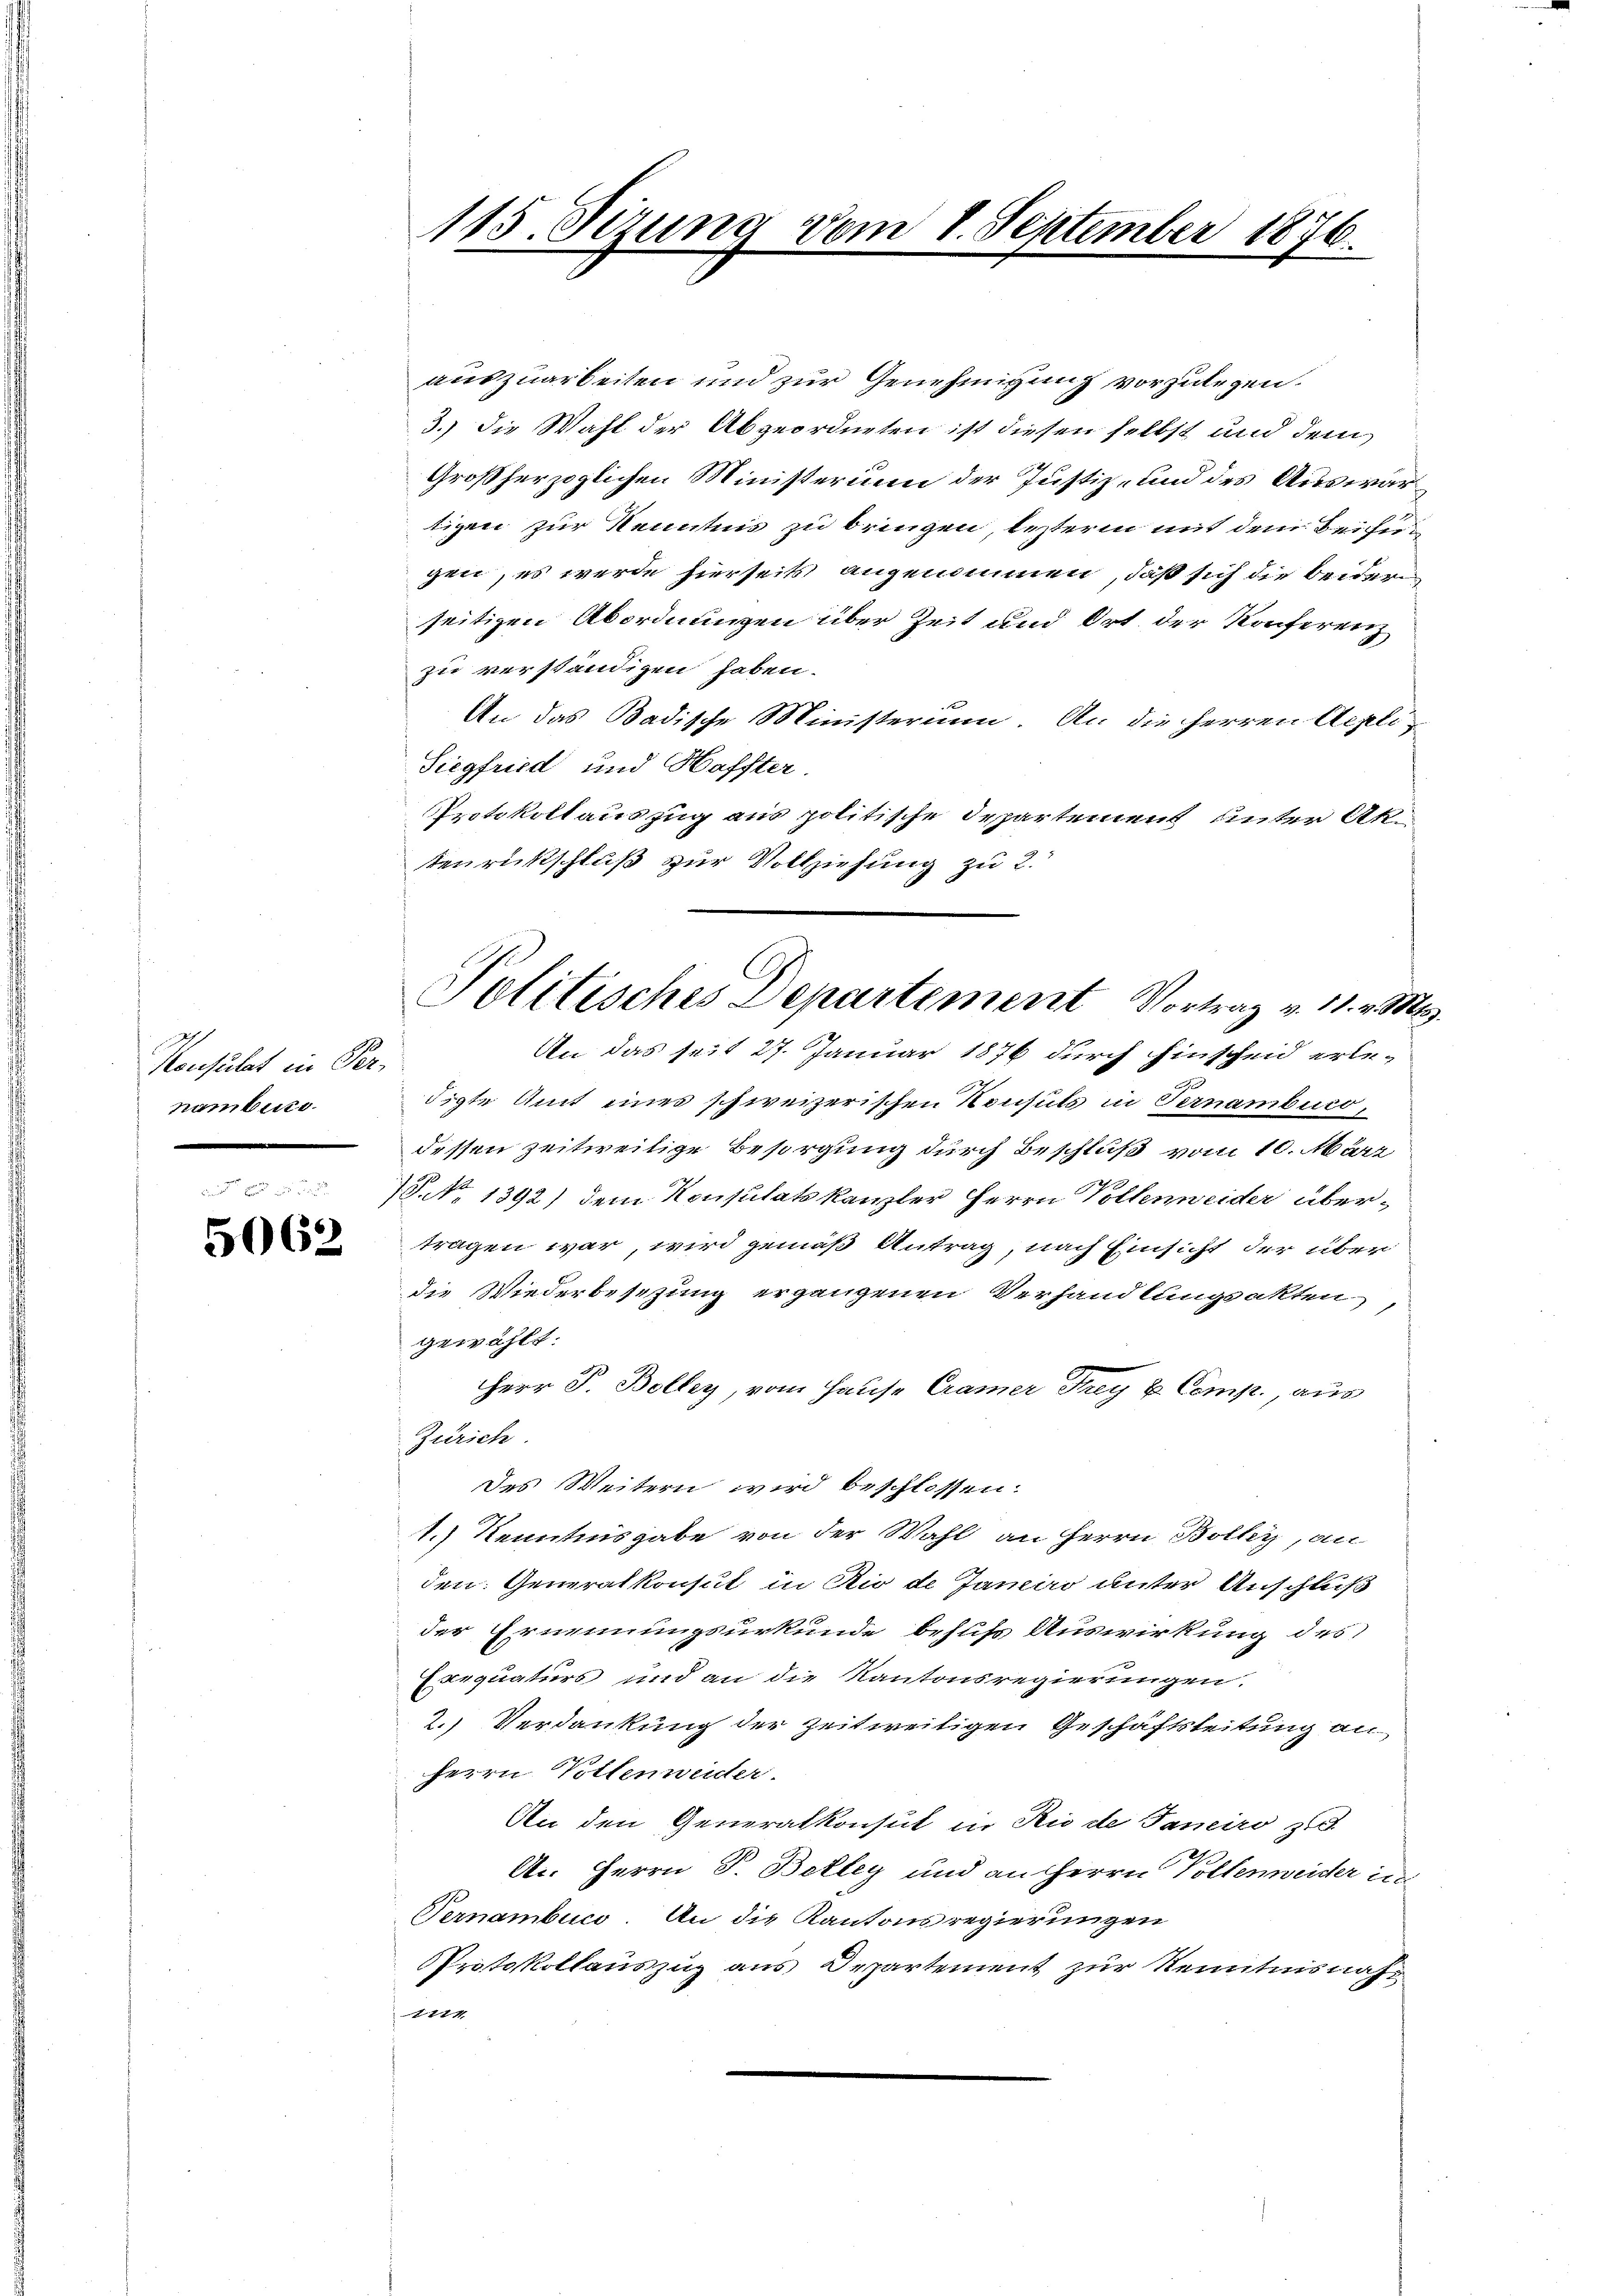
Konsulat in Pernambiss

d
5062

115. Sizung vom 1. September 1876.

auszuarbeiten und zur Genehmigung vorzulegen.
3.) die Wahl der Abgeordneten ist diesen selbst und dem
Großherzoglichen Ministerium der Justiz- und des Auswärtizen zur Kenntnis zu bringen, besterm mit dem Beifügen, es werde hierseits angenommen, daß sich die beider
seitigen Abordnungen über Zeit und Ort der Konferenz
zu verständigen haben.
An das Badische Ministerium. An die Herren Appli-
Siegfried und Haffter
Protokoll auszug aus politische Departement unter Antenrückschluß zur Vollziehung zu 2.
An das seit 27. Januar 1876 durch Einscheid erle-
digte Amt eines schweizerischen Konsuls in Ternamburg,
dessen zeitweilige Besorgung durch Beschluß vom 10. März
/ NNo. 1392) dem Konsulatskanzler Herrn Vollenweider übertragen war wird gemäß Antrag, nach Einsicht der über
die Wiederbesezung ergangenen Verhandlungsakten,
gewählt.
Herr P. Bolley, vom Hause Cramer Frey u. Comp., aus
Zürich
des Weitern wird beschlossen:
1.) Kenntnisgabe von der Wahl an Herrn Boller, an
den. Generalkonsul in Rio de Janeiro unter Anschluß
der Ernennungsurkunde behufs Auswirkung des
Exequaturs und an die Kantonsregierungen.
2.) Verdankung der zeitweiligen Geschäftsleitung an
Herrn Vollenweider.
An den Generalkonsul in Rio de Janeiro zu
A.. Herrn P. Bekley und an Herrn Vollenweider in
Vernambuco. An die Kantonsregierungen
Protokollauszug aus Departement zur Kenntnisnah¬
11

C
Politisches Departement Vortrag v. 11. v. M.